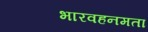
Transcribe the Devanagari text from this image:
भारवहनमता